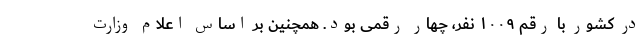
در کشور با رقم ۱۰۰۹ نفر، چهار رقمی بود. همچنین بر اساس اعلام وزارت